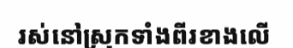
រស់នៅស្រុកទាំងពីរខាងលើ